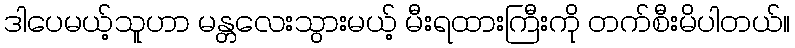
ဒါပေမယ့်သူဟာ မန္တလေးသွားမယ့် မီးရထားကြီးကို တက်စီးမိပါတယ်။